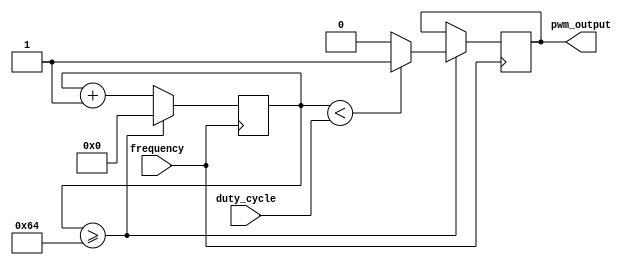
module PWM_generator(
    input wire frequency,
    input wire duty_cycle,
    output wire pwm_output
);

reg [31:0] counter;
reg pwm_out;

always @ (posedge frequency)
begin
    counter <= counter + 1;
    if (counter >= 100) // 100 represents the maximum count for the frequency (adjust according to your requirement)
    begin
        counter <= 0;
        pwm_out <= (counter < duty_cycle) ? 1'b1 : 1'b0;
    end
end

assign pwm_output = pwm_out;

endmodule